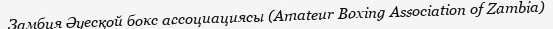
Замбия Әуесқой бокс ассоциациясы (Amateur Boxing Association of Zambia)